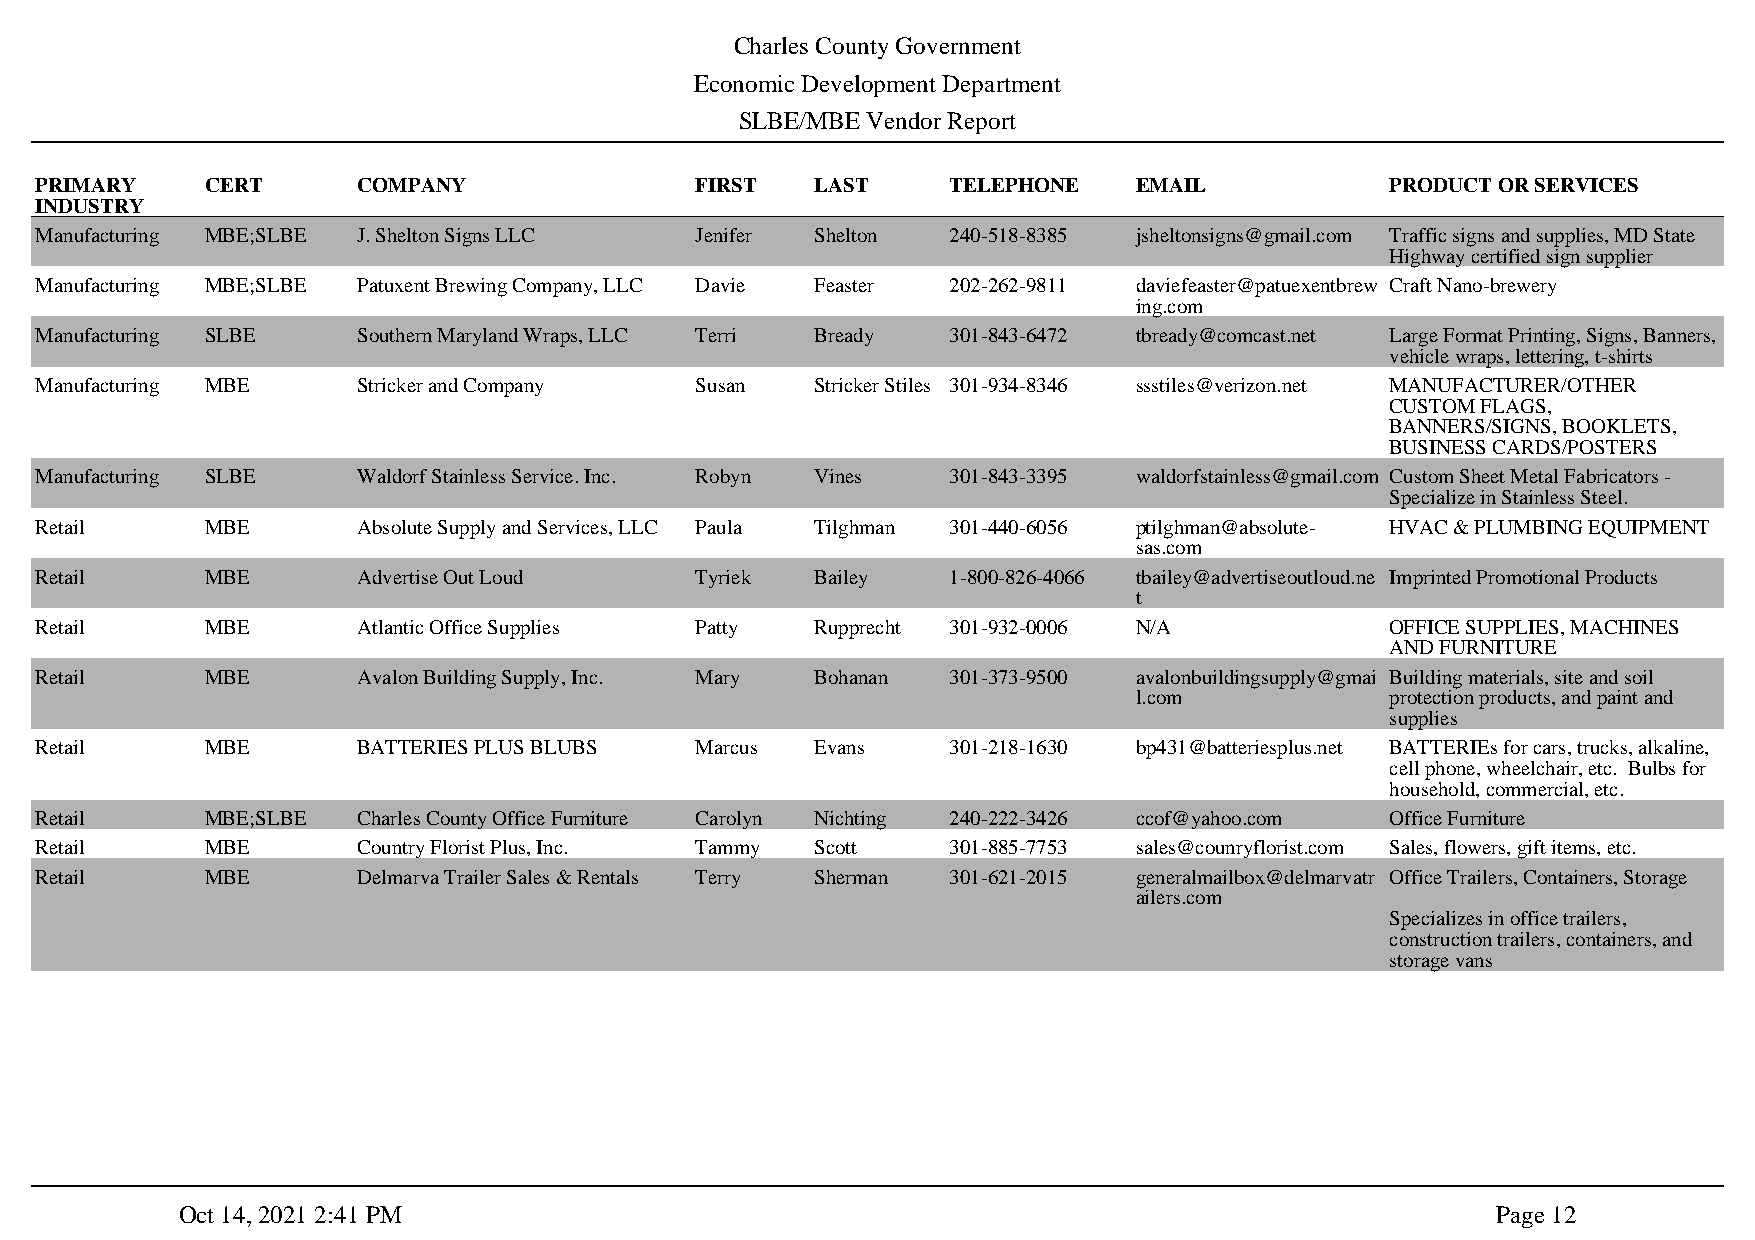
Charles County Government
 Economic Development Department
 SLBE/MBE Vendor Report
 PRIMARY     CERT      COMPANY               FIRST   LAST     TELEPHONE   EMAIL            PRODUCT OR SERVICES
 INDUSTRY
 Manufacturing MBE;SLBE J. Shelton Signs LLC Jenifer Shelton  240-518-8385 jsheltonsigns@gmail.com Traffic signs and supplies, MD State
 Highway certified sign supplier
 Manufacturing MBE;SLBE Patuxent Brewing Company, LLC Davie Feaster 202-262-9811 daviefeaster@patuexentbrew Craft Nano-brewery
 ing.com
 Manufacturing SLBE    Southern Maryland Wraps, LLC Terri Bready 301-843-6472 tbready@comcast.net Large Format Printing, Signs, Banners,
 vehicle wraps, lettering, t-shirts
 Manufacturing MBE     Stricker and Company  Susan   Stricker Stiles 301-934-8346 ssstiles@verizon.net MANUFACTURER/OTHER
 CUSTOM FLAGS,
 BANNERS/SIGNS, BOOKLETS,
 BUSINESS CARDS/POSTERS
 Manufacturing SLBE    Waldorf Stainless Service. Inc. Robyn Vines 301-843-3395 waldorfstainless@gmail.com Custom Sheet Metal Fabricators -
 Specialize in Stainless Steel.
 Retail      MBE       Absolute Supply and Services, LLC Paula Tilghman 301-440-6056 ptilghman@absolute- HVAC & PLUMBING EQUIPMENT
 sas.com
 Retail      MBE       Advertise Out Loud    Tyriek  Bailey   1-800-826-4066 tbailey@advertiseoutloud.ne Imprinted Promotional Products
 t
 Retail      MBE       Atlantic Office Supplies Patty Rupprecht 301-932-0006 N/A           OFFICE SUPPLIES, MACHINES
 AND FURNITURE
 Retail      MBE       Avalon Building Supply, Inc. Mary Bohanan 301-373-9500 avalonbuildingsupply@gmai Building materials, site and soil
 l.com            protection products, and paint and
 supplies
 Retail      MBE       BATTERIES PLUS BLUBS  Marcus  Evans    301-218-1630 bp431@batteriesplus.net BATTERIEs for cars, trucks, alkaline,
 cell phone, wheelchair, etc. Bulbs for
 household, commercial, etc.
 Retail      MBE;SLBE  Charles County Office Furniture Carolyn Nichting 240-222-3426 ccof@yahoo.com Office Furniture
 Retail      MBE       Country Florist Plus, Inc. Tammy Scott 301-885-7753 sales@counryflorist.com Sales, flowers, gift items, etc.
 Retail      MBE       Delmarva Trailer Sales & Rentals Terry Sherman 301-621-2015 generalmailbox@delmarvatr Office Trailers, Containers, Storage
 ailers.com
 Specializes in office trailers,
 construction trailers, containers, and
 storage vans
 Oct 14, 2021 2:41 PM                                                                   Page 12